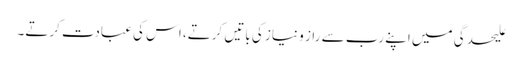
علیحدگی میں اپنے رب سے راز و نیاز کی باتیں کرتے، اس کی عبادت کرتے۔